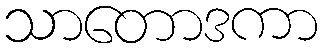
သာတောဒကာ